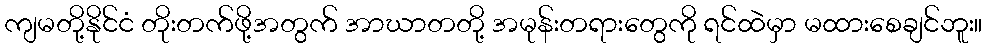
ကျမတို့နိုင်ငံ တိုးတက်ဖို့အတွက် အာဃာတတို့ အမုန်းတရားတွေကို ရင်ထဲမှာ မထားစေချင်ဘူး။